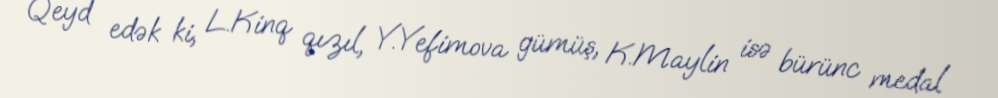
Qeyd edək ki, L.Kinq qızıl, Y.Yefimova gümüş, K.Maylin isə bürünc medal